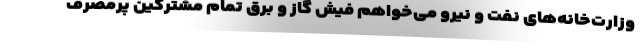
وزارت‌خانه‌های نفت و نیرو می‌خواهم فیش گاز و برق تمام مشترکین پرمصرف